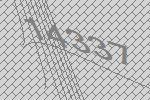
14337